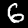
Label: 6